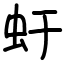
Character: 虶